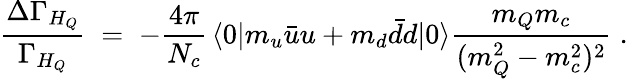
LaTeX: \frac{\Delta\Gamma_{H_{Q}}}{\Gamma_{H_{Q}}}\; =\; -\frac{4\pi}{N_{c}}\, \langle 0|{m_{u}\bar{u}u+m_{d}\bar{d}d}|0\rangle\frac{m_{Q}m_{c}}{(m_{Q}^{2}-m_{c}^{2})^{2}}\; .